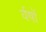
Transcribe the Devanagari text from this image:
र्वषों